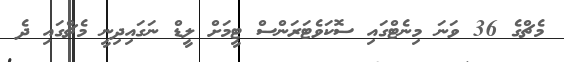
މެޗްގެ 36 ވަނަ މިނެޓްގައި ސޮކަވެޓަރަންސް ޓީމަށް ލީޑް ނަގައިދިނީ މެޗްގައި ދެ